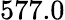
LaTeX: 577.0